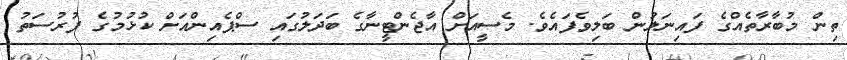
ތިން މުބާރާތެއްގެ ފައިނަލުން ބަލިވެފައެވެ. މެސީއަށް އާޖެންޓީނާގެ ބަދަލުގައި ސްޕެއިންއަށް ކުޅުމުގެ ފުރުސަތު